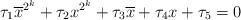
LaTeX: \begin{align*} \tau_{1}\overline{x}^{2^k}+\tau_{2}x^{2^k}+\tau_{3}\overline{x}+\tau_{4}x+\tau_{5}= 0\end{align*}